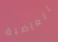
الغاضبة